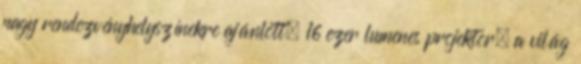
nagy rendezvényhelyszínekre ajánlott, 16 ezer lumenes projektor, a világ